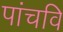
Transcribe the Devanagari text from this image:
पांचवि